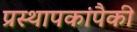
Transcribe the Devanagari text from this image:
प्रस्थापकांपैकी